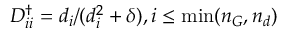
D _ { i i } ^ { \dagger } = d _ { i } / ( d _ { i } ^ { 2 } + \delta ) , i \le \operatorname* { m i n } ( n _ { G } , n _ { d } )